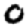
Digit: 0